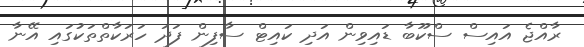
ރާއްޖެ އައިސް ސްކޫބާ ޑައިވިން އަދި ކައިޓް ސާފިން ފަދަ ހަރަކާތްތަކުގައި އޭނާ